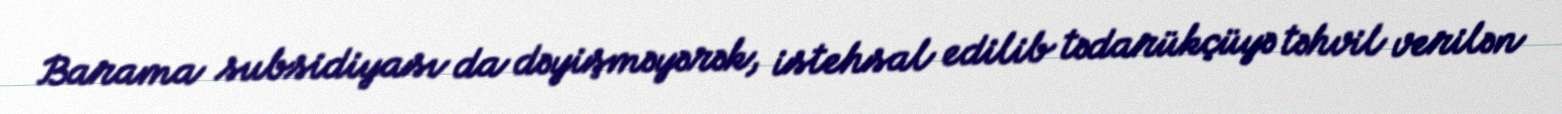
Barama subsidiyası da dəyişməyərək, istehsal edilib tədarükçüyə təhvil verilən